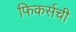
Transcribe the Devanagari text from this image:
फिकर्सची